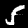
Label: 5